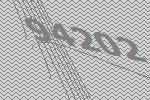
94202